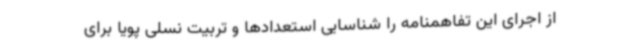
از اجرای این تفاهمنامه را شناسایی استعدادها و تربیت نسلی پویا برای